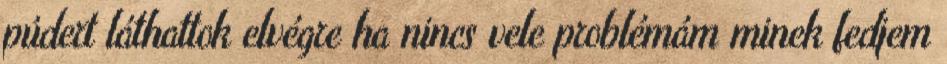
púdert láthattok elvégre ha nincs vele problémám minek fedjem